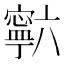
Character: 𰍡